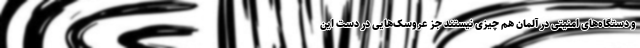
و دستگاه‌های امنیتی در آلمان هم چیزی نیستند جز عروسک‌هایی در دست این